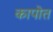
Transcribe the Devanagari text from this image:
कापोत